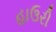
હાઉરી